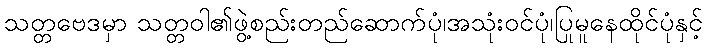
သတ္တဗေဒမှာ သတ္တဝါ၏ဖွဲ့စည်းတည်ဆောက်ပုံ၊အသုံးဝင်ပုံ၊ပြုမူနေထိုင်ပုံနှင့်